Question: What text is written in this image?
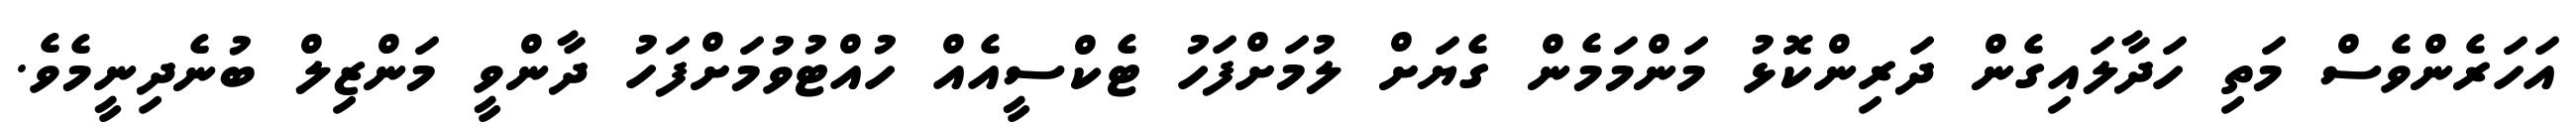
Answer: އަހަރެންވެސް މަތި ހަދާލައިގެން ދަރިންކޮޅު މަންމަމެން ގެޔަށް ލުމަށްފަހު ޓެކްސީއެއް ހުއްޓުވުމަށްފަހު ދާންވީ މަންޒިލް ބުނެދިނީމެވެ.